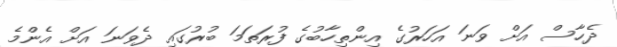
ދެހާސް އަށް ވަނަ އަހަރުގެ އިންތިހާބުގެ ފުރަތަމަ ބުރުގައި ދެވަނަ އަށް އެންމެ